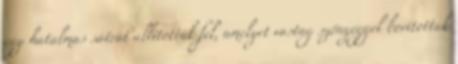
egy hatalmas sátrat állítottak fel, amelyet vastag szőnyeggel borítottak